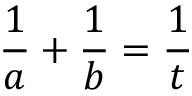
{ \frac { 1 } { a } } + { \frac { 1 } { b } } = { \frac { 1 } { t } }